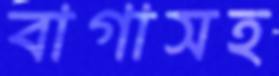
বাগাসহ